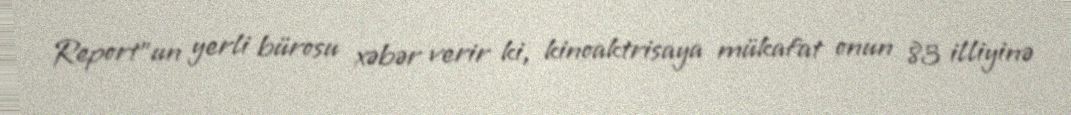
Report"un yerli bürosu xəbər verir ki, kinoaktrisaya mükafat onun 83 illiyinə